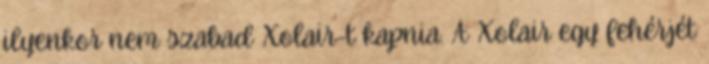
ilyenkor nem szabad Xolair-t kapnia. A Xolair egy fehérjét